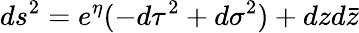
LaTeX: ds^{2}=e^{\eta}(-d\tau^{2}+d\sigma^{2})+dzd\bar{z}